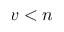
v < n